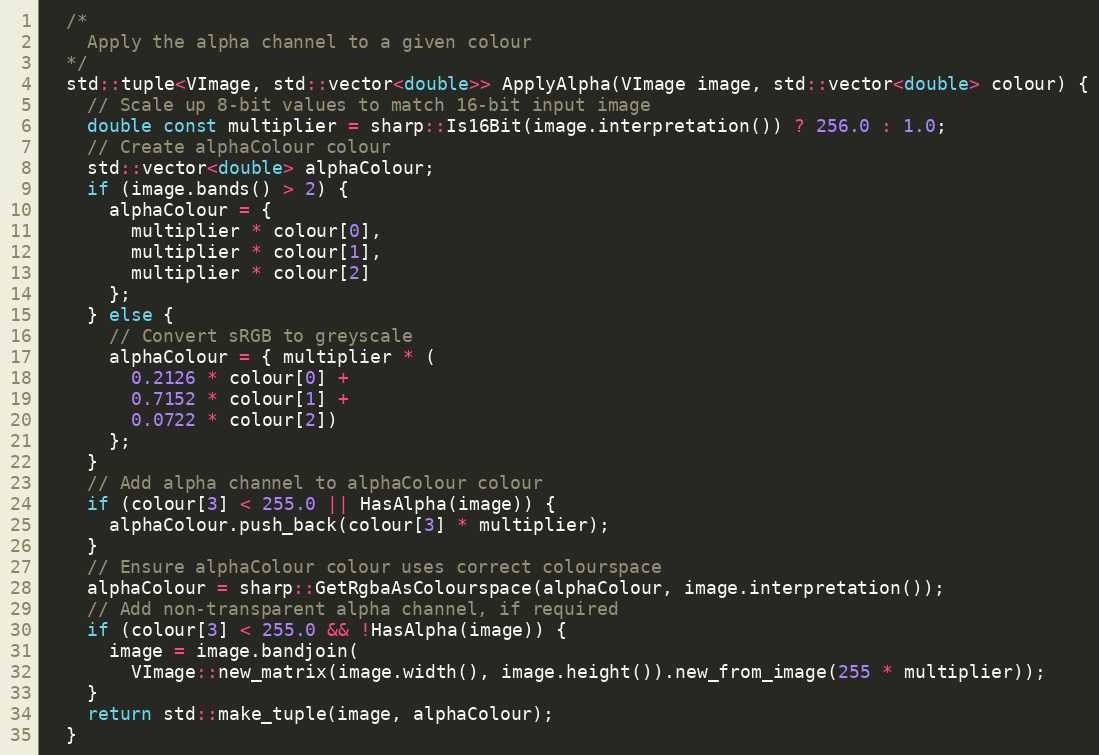
Language: C++
  /*
    Apply the alpha channel to a given colour
  */
  std::tuple<VImage, std::vector<double>> ApplyAlpha(VImage image, std::vector<double> colour) {
    // Scale up 8-bit values to match 16-bit input image
    double const multiplier = sharp::Is16Bit(image.interpretation()) ? 256.0 : 1.0;
    // Create alphaColour colour
    std::vector<double> alphaColour;
    if (image.bands() > 2) {
      alphaColour = {
        multiplier * colour[0],
        multiplier * colour[1],
        multiplier * colour[2]
      };
    } else {
      // Convert sRGB to greyscale
      alphaColour = { multiplier * (
        0.2126 * colour[0] +
        0.7152 * colour[1] +
        0.0722 * colour[2])
      };
    }
    // Add alpha channel to alphaColour colour
    if (colour[3] < 255.0 || HasAlpha(image)) {
      alphaColour.push_back(colour[3] * multiplier);
    }
    // Ensure alphaColour colour uses correct colourspace
    alphaColour = sharp::GetRgbaAsColourspace(alphaColour, image.interpretation());
    // Add non-transparent alpha channel, if required
    if (colour[3] < 255.0 && !HasAlpha(image)) {
      image = image.bandjoin(
        VImage::new_matrix(image.width(), image.height()).new_from_image(255 * multiplier));
    }
    return std::make_tuple(image, alphaColour);
  }